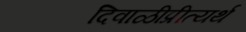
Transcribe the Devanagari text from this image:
दिवाळीप्रीत्यर्थ